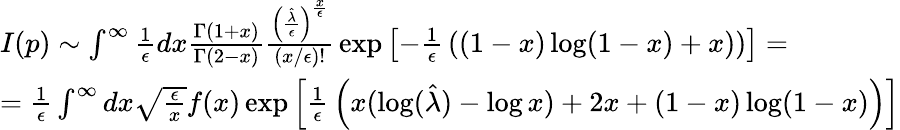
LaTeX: \begin{array}{l}{{I(p)\sim\int^{\infty}{\frac{1}{\epsilon}}dx{\frac{\Gamma(1+x)}{\Gamma(2-x)}}{\frac{\left({\frac{\hat{\lambda}}{\epsilon}}\right)^{\frac{x}{\epsilon}}}{(x/\epsilon)!}}\exp\left[-{\frac{1}{\epsilon}}\left((1-x)\log(1-x)+x)\right)\right]=}}\\ {{={\frac{1}{\epsilon}}\int^{\infty}dx\sqrt{\frac{\epsilon}{x}}f(x)\exp\left[{\frac{1}{\epsilon}}\left(x(\log({\hat{\lambda}})-\log x)+2x+(1-x)\log(1-x)\right)\right]}}\end{array}